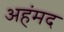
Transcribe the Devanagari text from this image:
अहंमद